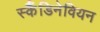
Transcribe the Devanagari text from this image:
स्कैँडिनेवियन